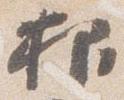
抑